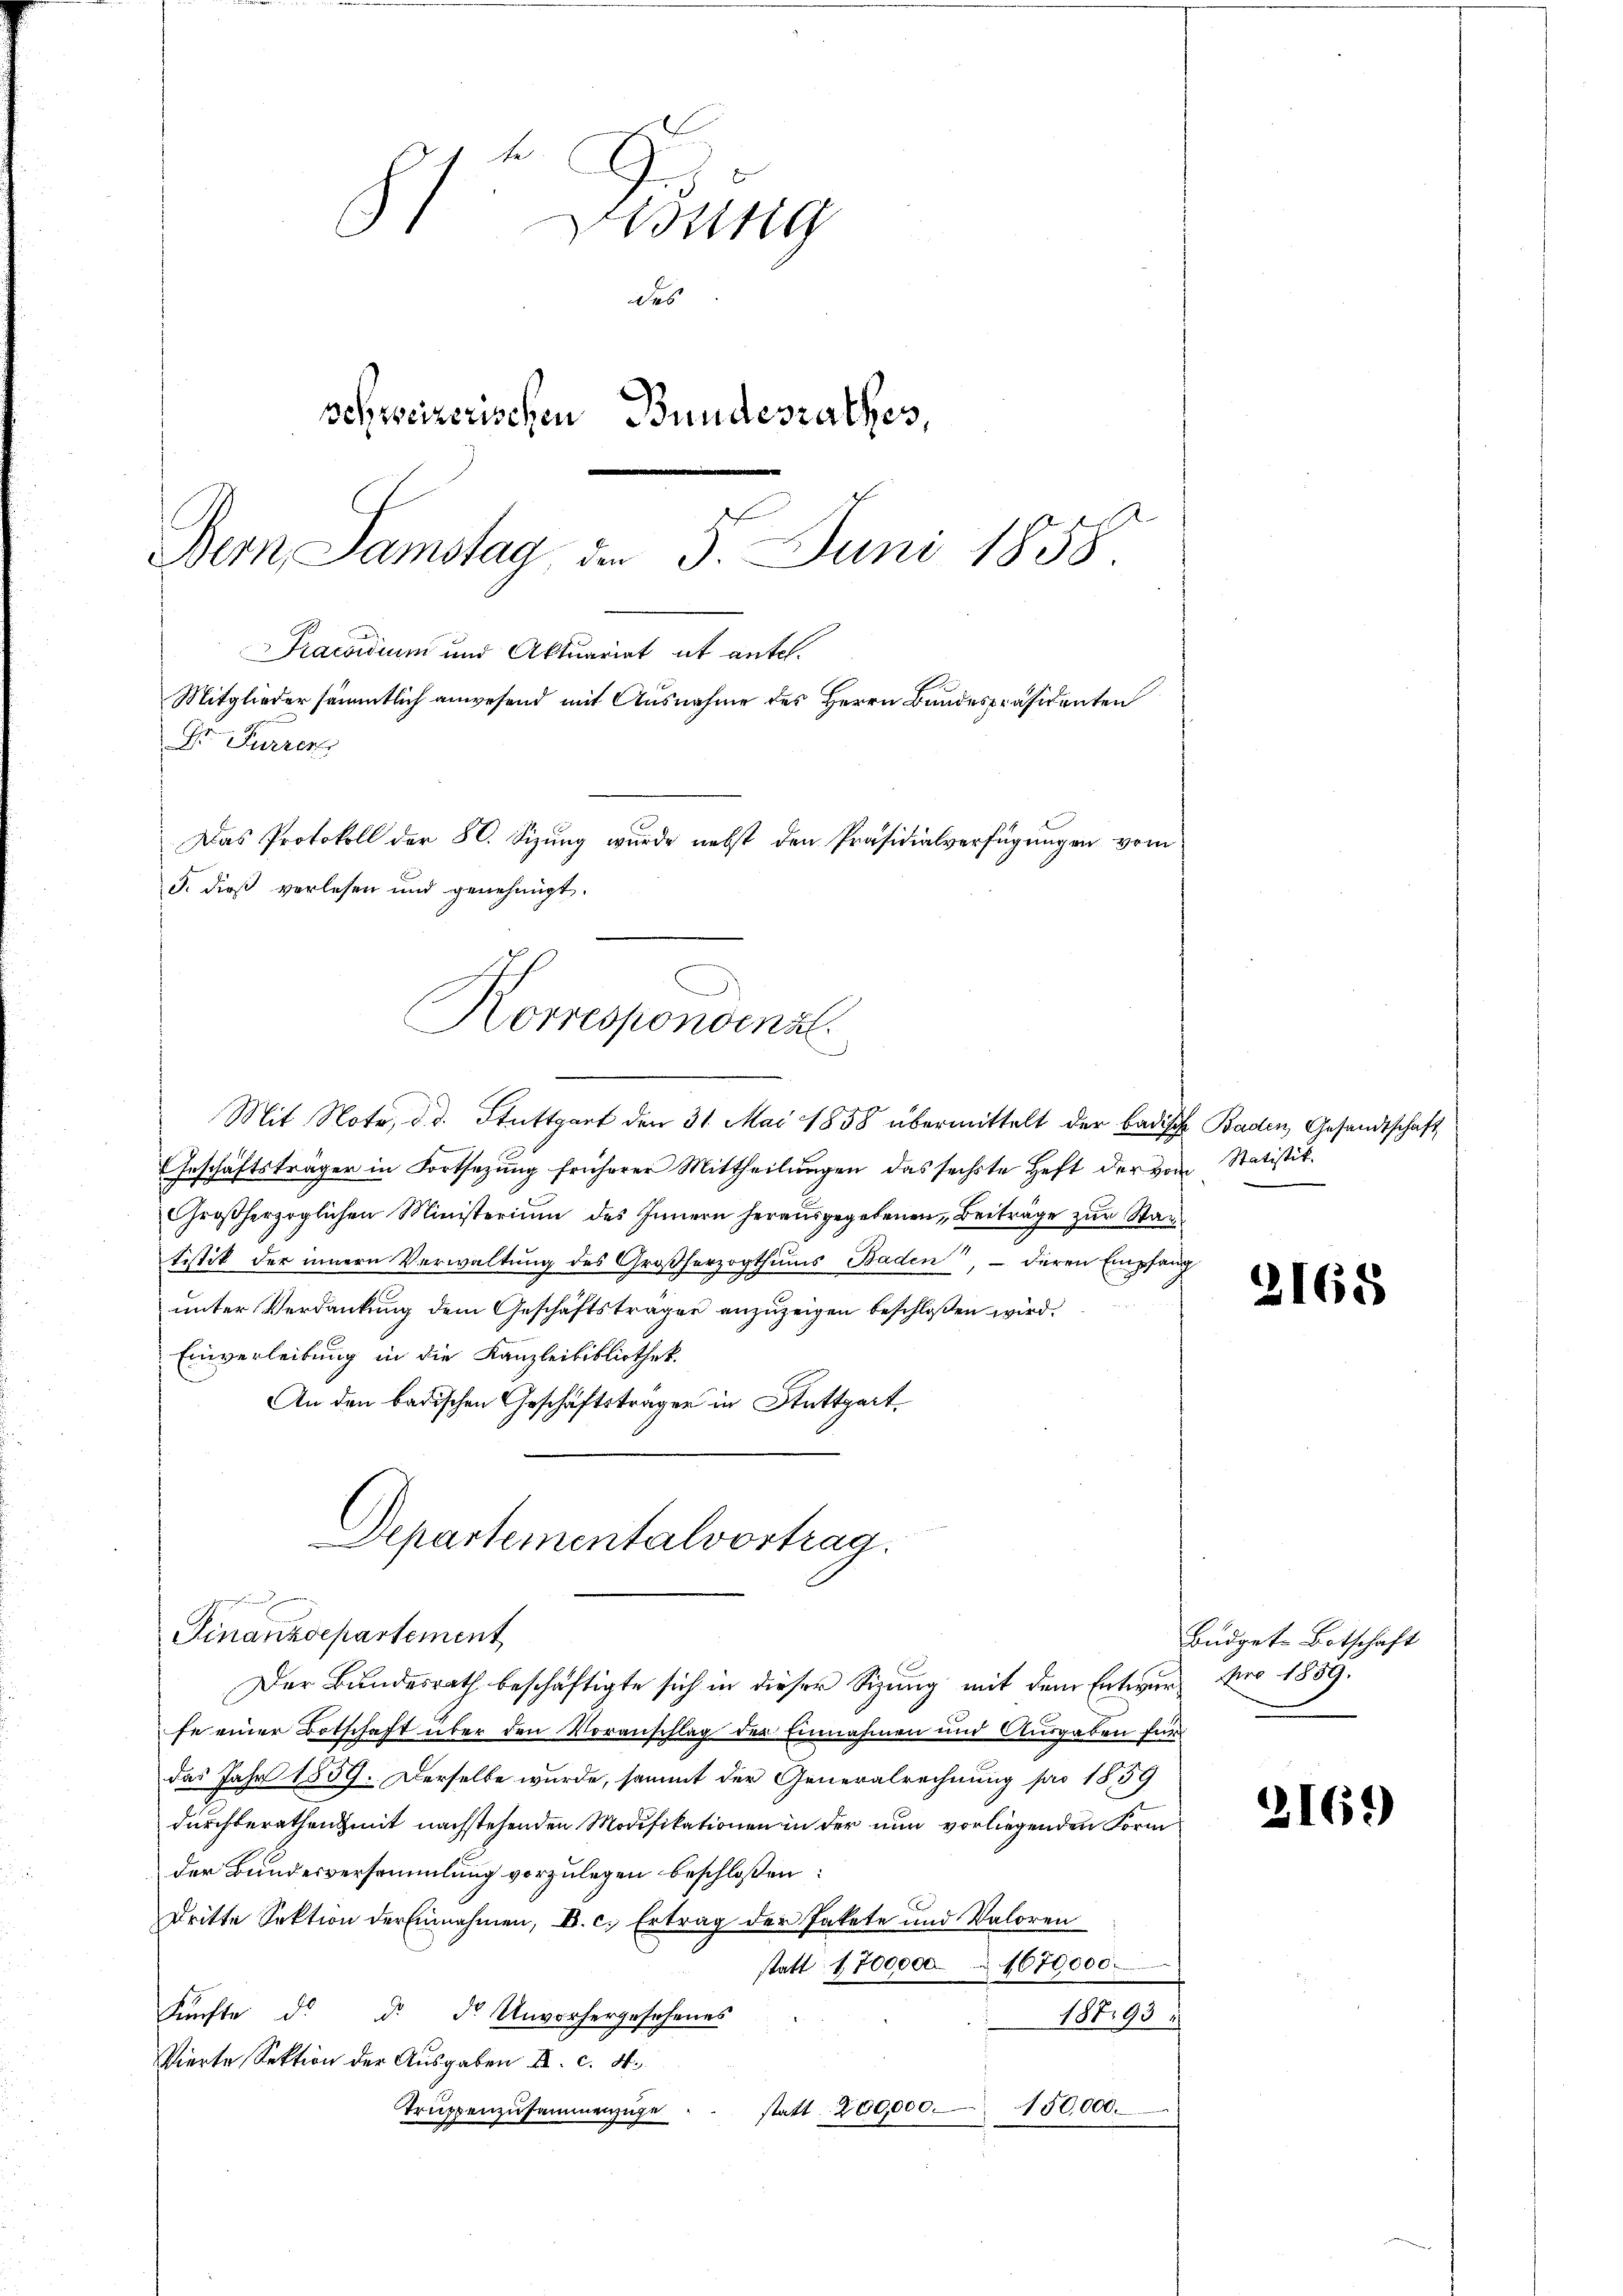
81 Düng
des
schweizerischen Bundesrathes,
Bern Samstag am 5. Juni 1858.

Praesidium und Aktuariat it antel.
Mitglieder sämmtlich anwesend mit Ausnahme des Herrn Bandespräsidenten
Dr. Furren
Das Protokoll der 80. Sizung wurde nebst den Präsidialverfügungen vom
3. dieß verlesen und genehmigt.
Korrespondinal

Mit Note, d. d. Stuttgart den 31. Mai 1858 übermittelt der Badisch
Geschäftsträger in Fortsetzŭng früherer Mittheilŭngen das sechste Heft der vom Statistit
Großherzoglichen Ministerium des Innern herausgegebenen Beiträge zur Staatistik der innern Verwaltung des Großherzogthums Baden, — deren Empfan
unter Verdankung dem Geschäftsträger anzuzeigen beschloßen wird.
Einverleibung in die Kanzleibibliothek.
An den badischen Geschäftsträger in Stuttgart
Departementalvortrag.
Finanzdepartement
Der Bŭndesrath beschäftigte sich in dieser Sitzŭng mit dem Entwŭr pro 1889.
fe einer Botschaft über den Voranschlag der Einnahmen und Ausgaben für
das Jahr 1859. Derselbe wurde, sammt der Generalrechnung pro 1859
durchberathen mit nachstehenden Modifikationen in der nun vorliegenden Form
der Bundesversammlung vorzulegen beschloßen:
dritte Sektion der Einnahmen, C. c. Ertrag der Pakete und Valoren
1670,000.
statt 1800000
Fünfte d. d. d. Unvorhergesehenes
18793
Vierte Sektion der Aŭsgaben a. c. 4.
150,000.
Trŭppenzusammenzüge statt 200,000.

b. Baden Gesandtschaft

3168

Büdgets Botschaft

2169)